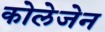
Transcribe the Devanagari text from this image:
कोलेजेन